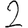
Digit: 2